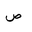
Letter: _sad